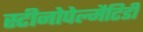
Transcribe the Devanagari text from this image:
स्टीनोपेल्मैटिडी